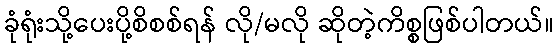
ခုံရုံးသို့ပေးပို့စိစစ်ရန် လို/မလို ဆိုတဲ့ကိစ္စဖြစ်ပါတယ်။